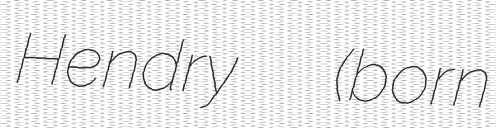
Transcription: Hendry  (born